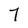
Character: 7